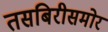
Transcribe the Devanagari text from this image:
तसबिरीसमोर